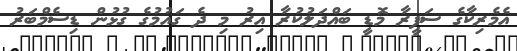
އެމެރިކާގެ ސަފީރާ މޮޑީ ބައްދަލުކުރާ އިރު މި ދެ ގައުމުގެ ގުޅުން ޑިސެމްބަރު